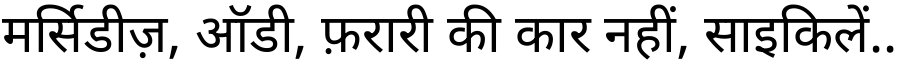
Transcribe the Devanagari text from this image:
मर्सिडीज़, ऑडी, फ़रारी की कार नहीं, साइकिलें..